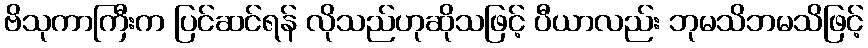
ဗိသုကာကြီးက ပြင်ဆင်ရန် လိုသည်ဟုဆိုသဖြင့် ပီယာလည်း ဘုမသိဘမသိဖြင့်